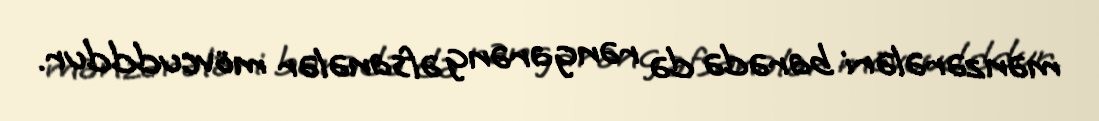
mənzərələri barədə də rəngarəng əfsanələr mövcudddur.